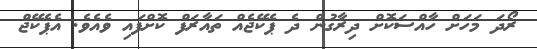
ރޯދަ މަހަށް ހާއްސަކޮށް ދިރާގުން ދެ ޕެކޭޖެއް ތައާރަފް ކޮށްފައި ވެއެވެ. އެޕެކޭޖް